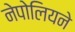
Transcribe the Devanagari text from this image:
नेपोलियने